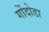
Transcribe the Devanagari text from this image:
गोंदोडा